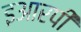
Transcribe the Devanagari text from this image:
इआरपी